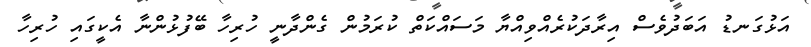
އަޅުގަނޑު އަބަދުވެސް އިރާދަކުރެއްވިއްޔާ މަސައްކަތް ކުރަމުން ގެންދާނީ ހުރިހާ ބޭފުޅުންނާ އެކީގައި ހުރިހާ